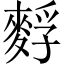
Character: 䴸